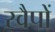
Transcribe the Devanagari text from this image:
स्वैपों